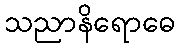
သညာနိရောဓေ